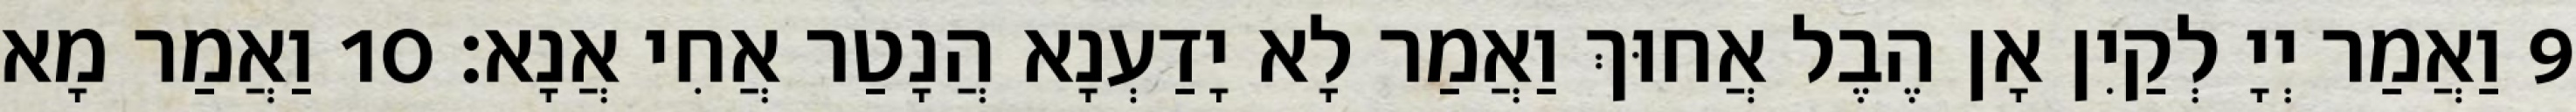
9 וַאֲמַר יְיָ לְקַיִן אָן הֶבֶל אֲחוּךְ וַאֲמַר לָא יָדַעְנָא הֲנָטַר אֲחִי אֲנָא׃ 10 וַאֲמַר מָא